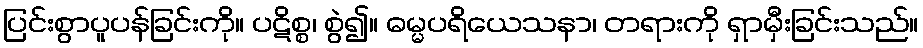
ပြင်းစွာပူပန်ခြင်းကို။ ပဋိစ္စ၊ စွဲ၍။ ဓမ္မပရိယေသနာ၊ တရားကို ရှာမှီးခြင်းသည်။